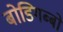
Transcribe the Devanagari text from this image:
बोडिगब्बो